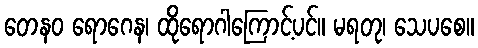
တေနဝ ရောဂေန၊ ထိုရောဂါကြောင့်ပင်။ မရတု၊ သေပစေ။